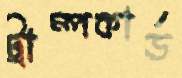
ট্রাম্পকার্ড